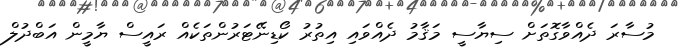
މުސާރަ ދެއްވާގޮތަށް ސިޔާސީ މަޤާމު ދެއްވައި އިތުރު ކޯޑިނޭޓަރުންތަކެއް ރައީސް ޔާމީން އަބްދުލް